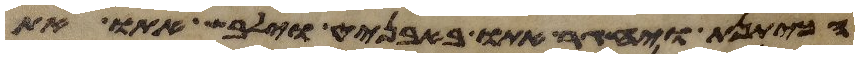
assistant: הכיתנת ויחגר אתו באבניט וילבש אתו את